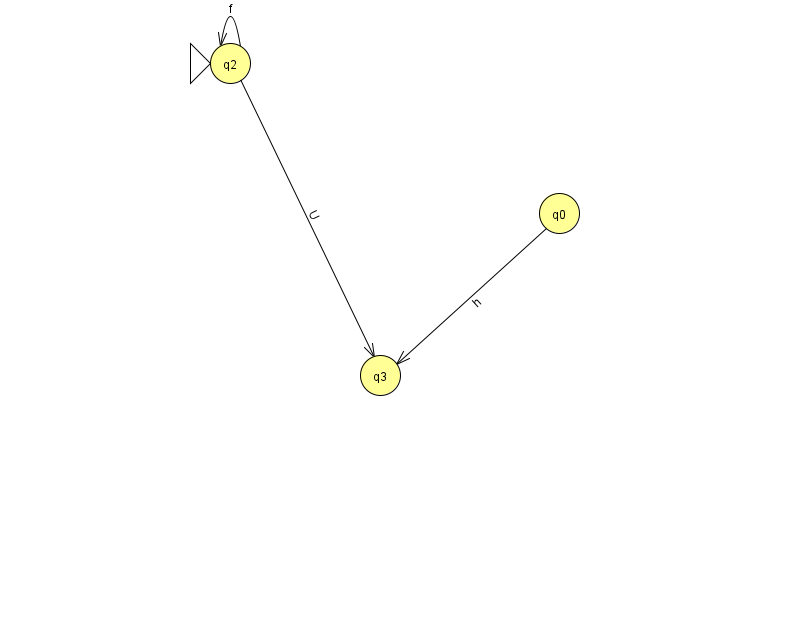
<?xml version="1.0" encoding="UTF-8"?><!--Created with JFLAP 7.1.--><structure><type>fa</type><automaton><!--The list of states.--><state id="0" name="q0"><x>559.0</x><y>200.0</y></state><state id="2" name="q2"><x>230.0</x><y>50.0</y><initial/></state><state id="3" name="q3"><x>380.0</x><y>362.0</y></state><!--The list of transitions.--><transition><from>0</from><to>3</to><read>h</read></transition><transition><from>2</from><to>2</to><read>f</read></transition><transition><from>2</from><to>3</to><read>U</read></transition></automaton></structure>